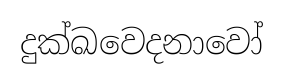
දුක්ඛවෙදනාවෝ